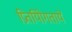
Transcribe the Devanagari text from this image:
प्रितयोिगतायें